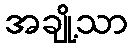
အချို့သာ